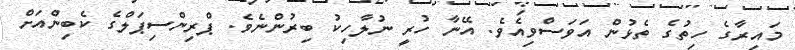
މައިރާގެ ހިތުގެ ތެޅުން އަވަސްވިއެވެ. އޭނާ ހުރީ ނުލާހިކު ބިރުންނެވެ. ޕްރިންސިޕަލްގެ ކެބިންއަށް